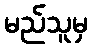
မည်သူမှ